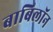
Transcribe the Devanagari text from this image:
बाबिलॉन